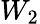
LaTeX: W_{2}